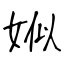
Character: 娰